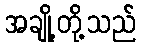
အချို့တို့သည်